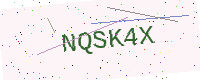
Text: NQSK4X